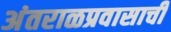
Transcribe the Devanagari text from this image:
अंतराळप्रवासाची